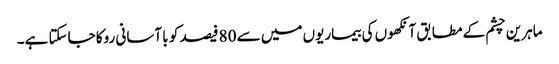
ماہرین چشم کے مطابق آنکھوں کی بیماریوں میں سے 80 فیصد کو با آسانی روکا جاسکتا ہے۔